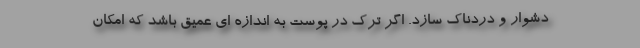
دشوار و دردناک سازد. اگر ترک در پوست به اندازه ای عمیق باشد که امکان